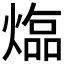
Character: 𤍸